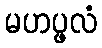
မဟပ္ဖလံ